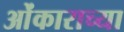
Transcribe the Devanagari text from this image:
ओंकाराच्या